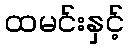
ထမင်းနှင့်